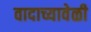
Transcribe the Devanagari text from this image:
वादाच्यावेळी